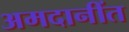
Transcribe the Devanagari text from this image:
अमदानींत